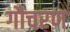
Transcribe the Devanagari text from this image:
गौचरण